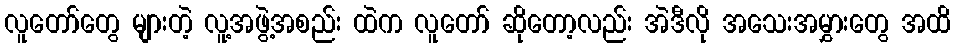
လူတော်တွေ များတဲ့ လူ့အဖွဲ့အစည်း ထဲက လူတော် ဆိုတော့လည်း အဲဒီလို အသေးအမွှားတွေ အထိ